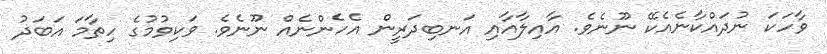
ވާހަކަ ނުދައްކާނެއެކޭ ނޫނެވެ. އާއިލާއާއި އަނބިދަރީން އެހެންނެއް ނޫނެވެ. ވަކިވުމުގެ ހިތާމަ އަބަދު